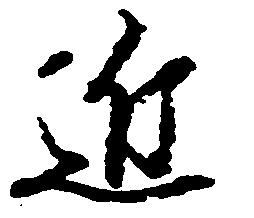
近